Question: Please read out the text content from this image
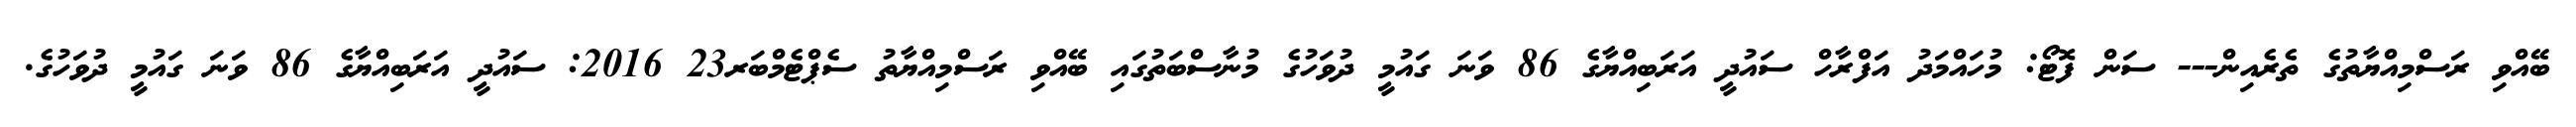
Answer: ބޭއްވި ރަސްމިއްޔާތުގެ ތެރެއިން--- ސަން ފޮޓޯ: މުހައްމަދު އަފްރާހް ސައުދީ އަރަބިއްޔާގެ 86 ވަނަ ގައުމީ ދުވަހުގެ މުނާސްބަތުގައި ބޭއްވި ރަސްމިއްޔާތު ސެޕްޓެމްބަރ23 2016: ސައުދީ އަރަބިއްޔާގެ 86 ވަނަ ގައުމީ ދުވަހުގެ.